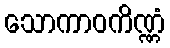
သောကာဝကိဏ္ဏံ